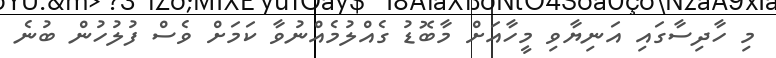
މި ހާދިސާގައި އަނިޔާވި މީހާއަށް މާބޮޑު ގެއްލުމެއްނުވާ ކަމަށް ވެސް ފުލުހުން ބުނެ